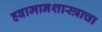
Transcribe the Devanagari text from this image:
हवामानशास्त्राचा